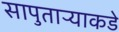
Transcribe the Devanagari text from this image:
सापुताऱ्याकडे